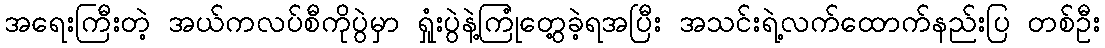
အရေးကြီးတဲ့ အယ်ကလပ်စီကိုပွဲမှာ ရှုံးပွဲနဲ့ကြုံတွေ့ခဲ့ရအပြီး အသင်းရဲ့လက်ထောက်နည်းပြ တစ်ဦး